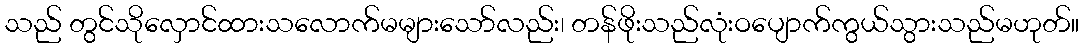
သည် တွင်သိုလှောင်ထားသလောက်မများသော်လည်း၊ တန်ဖိုးသည်လုံးဝပျောက်ကွယ်သွားသည်မဟုတ်။